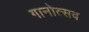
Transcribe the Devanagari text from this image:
गानोत्सव